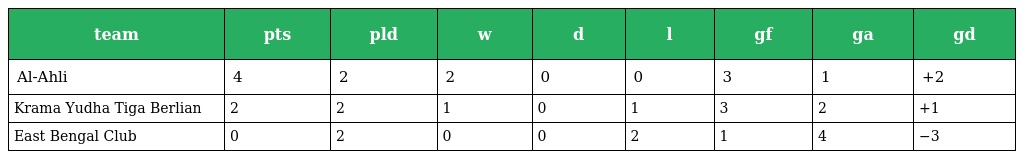
| team | pts | pld | w | d | l | gf | ga | gd |
 | --- | --- | --- | --- | --- | --- | --- | --- | --- |
 | Al-Ahli | 4 | 2 | 2 | 0 | 0 | 3 | 1 | +2 |
 | Krama Yudha Tiga Berlian | 2 | 2 | 1 | 0 | 1 | 3 | 2 | +1 |
 | East Bengal Club | 0 | 2 | 0 | 0 | 2 | 1 | 4 | −3 |